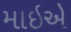
માઇએ